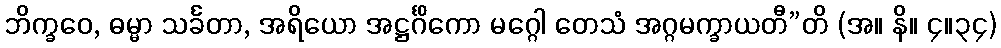
ဘိက္ခဝေ, ဓမ္မာ သင်္ခတာ, အရိယော အဋ္ဌင်္ဂိကော မဂ္ဂေါ တေသံ အဂ္ဂမက္ခာယတီ”တိ (အ။ နိ။ ၄။၃၄)